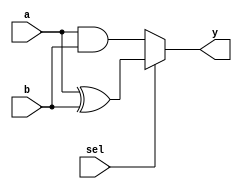
// 2022-7-21
// 2\to 1
`timescale 1ns/10ps

module fn_sw(a, b, sel, y);

    input   a;
    input   b;
    input   sel;
    output  y;

    //assign  y= sel?(a^b):(a&b);
    
    // always
    reg     y;
    always@(a or b or sel)begin 
        if(sel == 1)begin
            y <= a^b;
        end
        else begin
            y <= a&b;
        end
    end
endmodule

// testbench of fn_sw
module fn_sw_tb;

    reg     a, b, sel;
    wire    y;
    fn_sw fn_sw(.a(a), .b(b), .sel(sel), .y(y));

    initial begin
        #00 a<=0; b<=0; sel<=0;
        #10 a<=0; b<=0; sel<=1;
        #10 a<=0; b<=1; sel<=0;
        #10 a<=0; b<=1; sel<=1;
        #10 a<=1; b<=0; sel<=0;
        #10 a<=1; b<=0; sel<=1;
        #10 a<=1; b<=1; sel<=0;
        #10 a<=1; b<=1; sel<=1;
        #10 $stop;
    end

endmodule